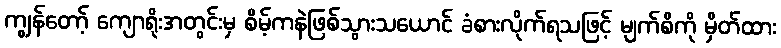
ကျွန်တော့် ကျောရိုးအတွင်းမှ စိမ့်ကနဲဖြစ်သွားသယောင် ခံစားလိုက်ရသဖြင့် မျက်စိကို မှိတ်ထား